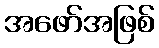
အဖော်အဖြစ်